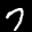
Label: 7